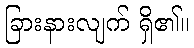
ခြားနားလျက် ရှိ၏။